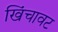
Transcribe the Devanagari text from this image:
खिंचावट